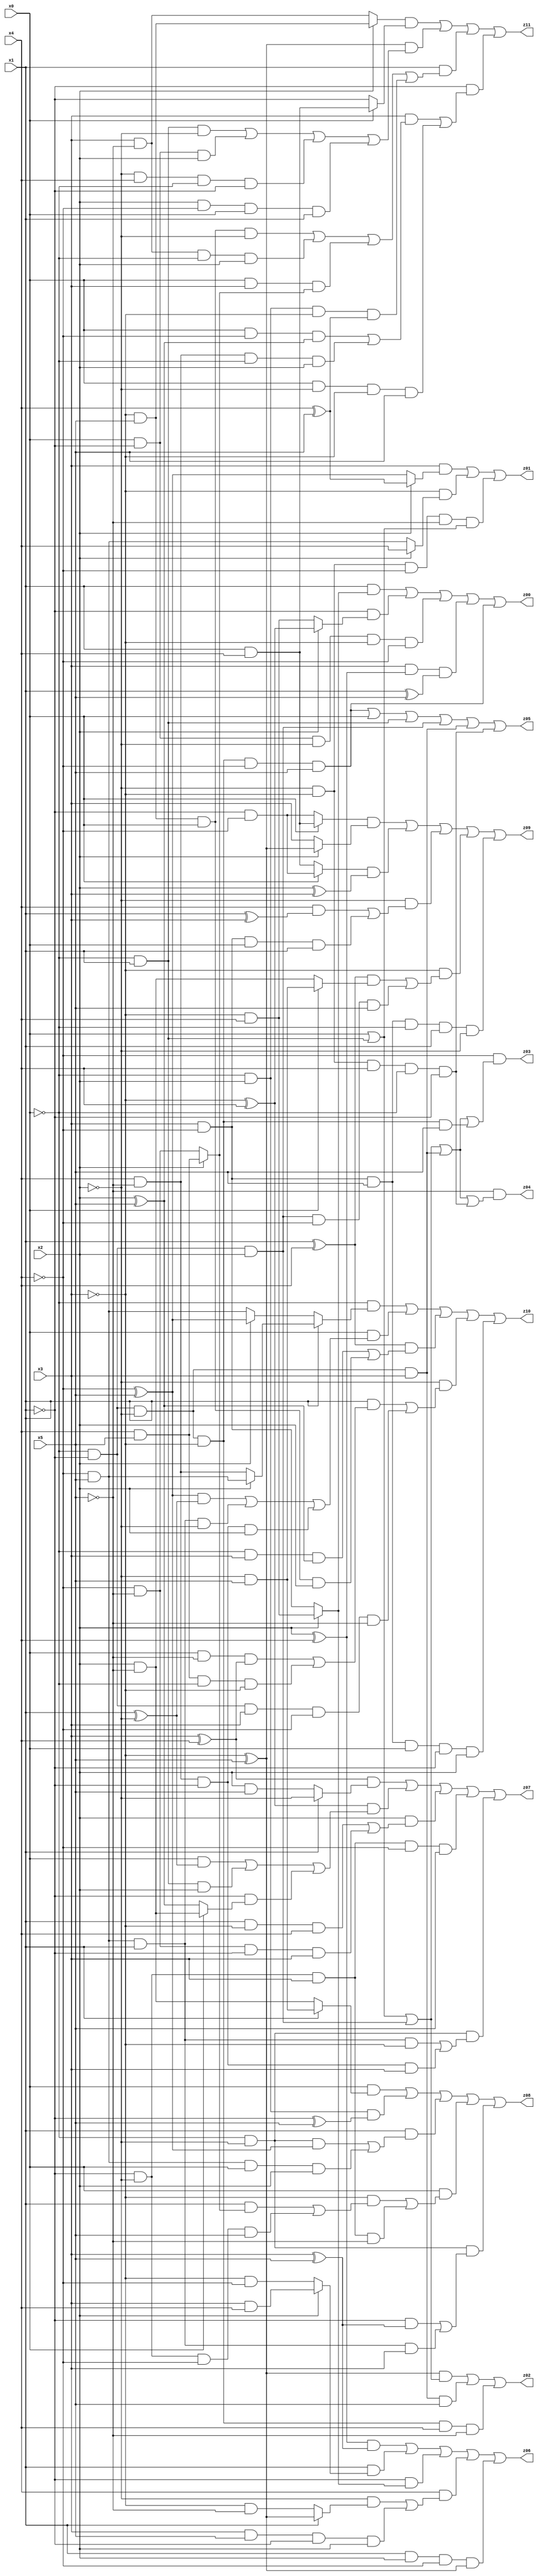
// Benchmark "X_21" written by ABC on Fri Jun 02 03:24:40 2023

module X_21 ( 
    x0, x1, x2, x3, x4, x5,
    z00, z01, z02, z03, z04, z05, z06, z07, z08, z09, z10, z11  );
  input  x0, x1, x2, x3, x4, x5;
  output z00, z01, z02, z03, z04, z05, z06, z07, z08, z09, z10, z11;
  assign z00 = (x1 & (x2 ? (~x3 & x4) : (x3 & ~x4))) | (~x1 & (x2 ? (~x3 ^ x4) : (~x3 & x4))) | (x0 & ~x1 & ~x2 & ~x3 & ~x4) | (x3 & (x2 ^ x4) & (x1 ^ x5)) | (~x0 & ~x1 & ~x2 & ~x3 & ~x4 & x5);
  assign z01 = (x3 & (x2 ? (x4 ^ x5) : (~x4 ^ x5))) | (~x3 & (x2 ? x4 : (~x4 & x5))) | (~x2 & ~x3 & ~x4 & ~x5 & (x0 | (~x0 & x1)));
  assign z02 = ((~x3 ^ x5) & (x0 | (~x0 & x1) | (~x0 & ~x1 & x2))) | (~x0 & ~x1 & ~x2 & x3 & x5) | (~x0 & ~x1 & ~x2 & ~x3 & x4 & ~x5);
  assign z03 = ~x4 & (x0 | (~x0 & x1) | (~x0 & ~x1 & x2) | (~x0 & ~x1 & ~x2 & x3) | (~x0 & ~x1 & ~x2 & ~x3 & x5));
  assign z04 = ~x5 & (x0 | (~x0 & x1) | (~x0 & ~x1 & x2) | (~x0 & ~x1 & ~x2 & x3) | (~x2 & ~x3 & x4 & ~x0 & ~x1));
  assign z05 = (~x0 & ~x1 & ~x2 & ~x3 & ~x4 & x5) | x0 | (~x0 & x1) | (~x0 & ~x1 & x2) | (~x0 & ~x1 & ~x2 & x3) | (~x2 & ~x3 & x4 & ~x0 & ~x1);
  assign z06 = ((x2 ^ x4) & (x3 ^ x5)) | (x1 & (x2 ? (x3 & x4) : (~x3 & ~x4))) | (~x1 & (x2 ? (~x3 & x4) : (x3 & ~x4))) | (x4 & ((~x2 & (x1 ? (~x3 ^ x5) : (~x3 & ~x5))) | (x3 & x5 & ~x1 & x2))) | (x1 & x2 & ~x4 & (~x3 ^ x5));
  assign z07 = ((x3 ^ x4) & (x1 ? ~x2 : (x2 & x5))) | ((~x3 ^ x4) & ((x0 & (x1 ^ ~x2)) | (~x0 & x1 & x2) | (~x1 & (x0 ? (x2 & ~x5) : (x2 ^ x5))))) | (x2 & ((x1 & ~x3 & x4) | (~x4 & ~x5 & ~x1 & x3))) | (~x1 & ~x2 & x3 & ~x4 & x5) | (~x0 & ~x2 & ((~x4 & x5 & x1 & ~x3) | (x4 & ~x5 & ~x1 & x3)));
  assign z08 = (x0 & (x1 ? (~x2 & x5) : (x2 & ~x5))) | (~x0 & x2 & (~x1 ^ x5)) | (x1 & ((~x0 & ~x2 & (~x4 ^ x5)) | (~x4 & x5 & x0 & x2))) | (x0 & ((~x3 & ((x1 & (x2 ? (x4 & x5) : (~x4 & ~x5))) | (~x1 & ~x2 & ~x4 & x5))) | (~x1 & ~x2 & x3 & ~x5))) | (~x0 & ~x2 & ((~x1 & (x3 ^ x5)) | (~x4 & x5 & x1 & x3)));
  assign z09 = ((x0 ? (x1 & x4) : (~x1 & ~x4)) & (x2 ? (~x3 ^ x5) : x3)) | ((x0 ? (~x1 & ~x4) : (x1 & x4)) & (x2 ^ x3)) | (~x2 & ((x4 & (x1 ^ x3)) | (x3 & ~x4 & x0 & x1))) | (~x3 & (((x1 ^ x4) & (x0 ? (~x2 & x5) : (x2 & ~x5))) | (~x0 & ~x1 & x2 & ~x4 & x5))) | (x3 & ~x4 & x5 & ~x0 & x1 & ~x2);
  assign z10 = (~x0 & (x1 ? (x2 ? (~x4 & x5) : (x4 & ~x5)) : (x2 ? (~x4 ^ x5) : (~x4 & x5)))) | (x0 & (((~x4 ^ x5) & (x1 ^ ~x2)) | (~x4 & x5 & x1 & ~x2) | (x4 & ~x5 & ~x1 & x2))) | ((x1 ^ x4) & ((~x0 & x3 & (x2 ^ x5)) | (~x3 & x5 & x0 & x2))) | (~x2 & ((x1 & ((x0 & ~x5 & (x3 ^ x4)) | (x4 & x5 & ~x0 & ~x3))) | (~x0 & ~x1 & x3 & ~x4 & ~x5))) | (x3 & ~x4 & x5 & x0 & ~x1 & x2);
  assign z11 = ((x2 ? (~x3 & x5) : (x3 & ~x5)) & (x0 ? (x1 & x4) : ~x1)) | ((~x3 ^ x5) & ((~x0 & x1 & ~x2) | (x0 & ~x1 & x2) | (~x2 & x4 & ~x0 & ~x1) | (x2 & ~x4 & x0 & x1))) | (x1 & ((~x3 & x5 & x0 & ~x2) | (x3 & ~x5 & ~x0 & x2) | (x0 & x3 & (x2 ? (x4 & x5) : (~x4 & ~x5))) | (~x0 & x2 & ~x3 & (x4 ^ x5)))) | (~x1 & ((x3 & ((x0 & ~x4 & (x2 ^ x5)) | (x4 & ~x5 & ~x0 & x2))) | (x0 & ~x2 & ~x3 & x5)));
endmodule